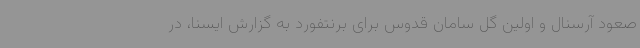
صعود آرسنال و اولین گل سامان قدوس برای برنتفورد به گزارش ایسنا، در